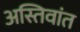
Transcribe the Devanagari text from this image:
अस्तिवांत